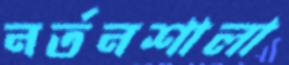
নর্তনশালা